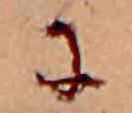
に